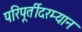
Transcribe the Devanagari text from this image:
परिपूर्तीदरम्यान